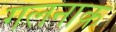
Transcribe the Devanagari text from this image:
गलनाक